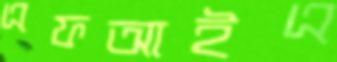
এফআইএ